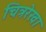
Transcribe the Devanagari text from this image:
चित्ररेखा